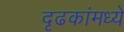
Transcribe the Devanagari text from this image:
दृढकांमध्ये